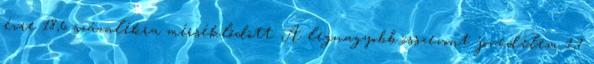
évre 18,6 százalékra mérséklődött. A legnagyobb összevont jövedelem 1,7